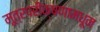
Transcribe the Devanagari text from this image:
मूत्रपरीक्षणामधून